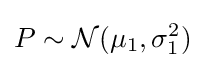
P\sim {\mathcal {N}}(\mu _{1},\sigma _{1}^{2})